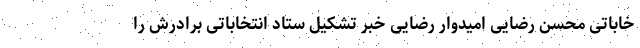
خاباتی محسن رضایی امیدوار رضایی خبر تشکیل ستاد انتخاباتی برادرش را